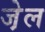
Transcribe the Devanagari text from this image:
जे़ल